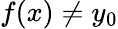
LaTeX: f(x)\neq y_{0}